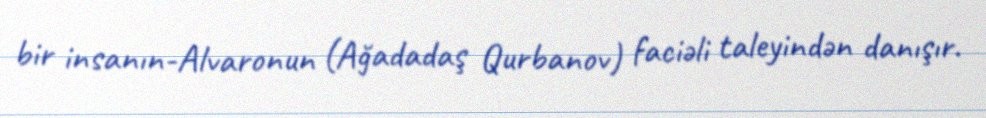
bir insanın-Alvaronun (Ağadadaş Qurbanov) faciəli taleyindən danışır.